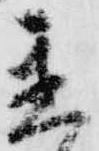
置